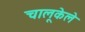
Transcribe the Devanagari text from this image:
चालूकेले